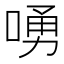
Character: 㗈